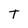
Character: t